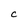
Character: C